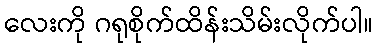
လေးကို ဂရုစိုက်ထိန်းသိမ်းလိုက်ပါ။